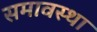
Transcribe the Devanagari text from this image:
समावस्था